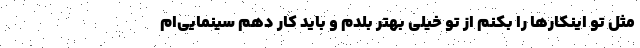
مثل تو اینکارها را بکنم از تو خیلی بهتر بلدم و باید کار دهم سینمایی‌ام